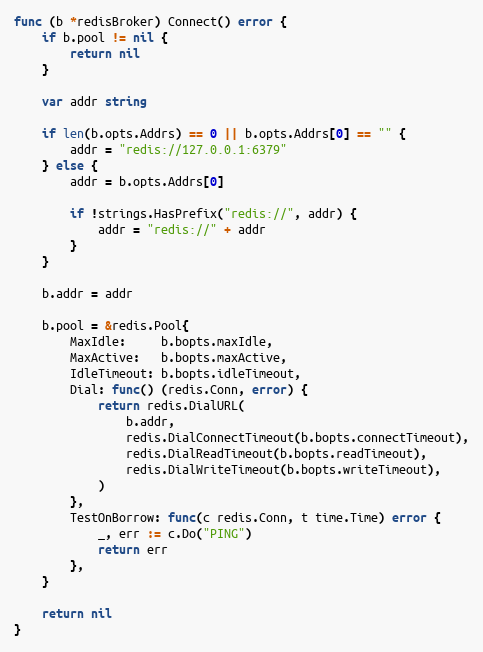
Language: Go
func (b *redisBroker) Connect() error {
	if b.pool != nil {
		return nil
	}

	var addr string

	if len(b.opts.Addrs) == 0 || b.opts.Addrs[0] == "" {
		addr = "redis://127.0.0.1:6379"
	} else {
		addr = b.opts.Addrs[0]

		if !strings.HasPrefix("redis://", addr) {
			addr = "redis://" + addr
		}
	}

	b.addr = addr

	b.pool = &redis.Pool{
		MaxIdle:     b.bopts.maxIdle,
		MaxActive:   b.bopts.maxActive,
		IdleTimeout: b.bopts.idleTimeout,
		Dial: func() (redis.Conn, error) {
			return redis.DialURL(
				b.addr,
				redis.DialConnectTimeout(b.bopts.connectTimeout),
				redis.DialReadTimeout(b.bopts.readTimeout),
				redis.DialWriteTimeout(b.bopts.writeTimeout),
			)
		},
		TestOnBorrow: func(c redis.Conn, t time.Time) error {
			_, err := c.Do("PING")
			return err
		},
	}

	return nil
}